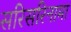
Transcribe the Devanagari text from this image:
सरिसरिनामा